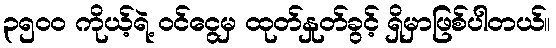
၃၅၀၀ ကိုယ့်ရဲ့ ဝင်ငွေမှ ထုတ်နှုတ်ခွင့် ရှိမှာဖြစ်ပါတယ်။